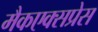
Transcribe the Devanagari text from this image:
मैकएक्सप्रेस